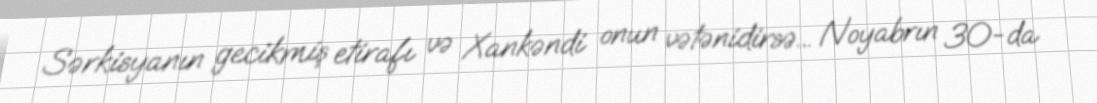
Sərkisyanın gecikmiş etirafı və Xankəndi onun vətənidirsə... Noyabrın 30-da